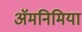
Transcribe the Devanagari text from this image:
ॲमनिमिया